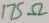
Text: 175Ω